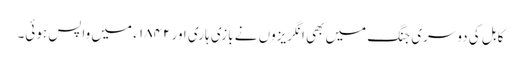
کابل کی دوسری جنگ میں بھی انگریزوں نے بازی ہاری اور ۱۸۴۲ ء میں واپس ہوئی۔